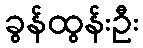
ခွန်ထွန်းဦး